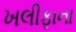
ખલીફાના